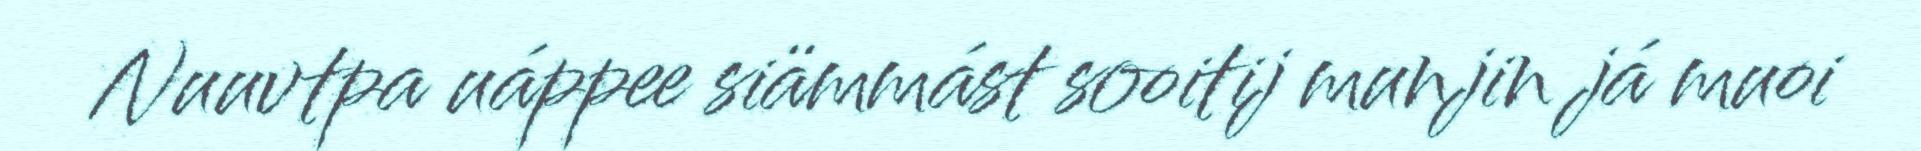
Nuuvtpa uáppee siämmást sooitij munjin já muoi